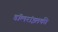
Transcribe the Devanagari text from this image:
डॉलरांइतकी